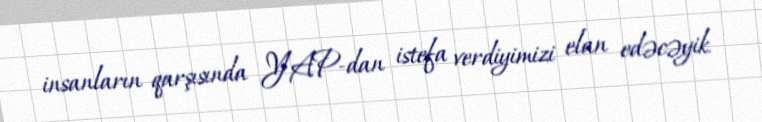
insanların qarşısında YAP-dan istefa verdiyimizi elan edəcəyik.